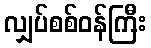
လျှပ်စစ်ဝန်ကြီး